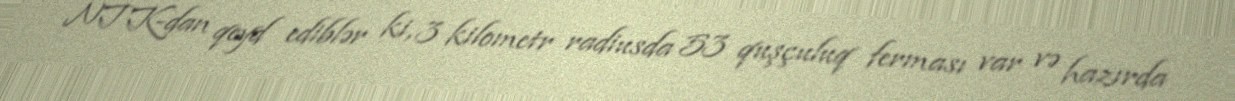
NTK-dan qeyd ediblər ki, 3 kilometr radiusda 53 quşçuluq ferması var və hazırda